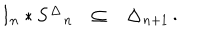
\begin{array} { l l l } { { { \bf I } _ { n } * { \bf S ^ { \Delta } } _ { n } } } & { { \subseteq } } & { { { \bf \Delta } _ { n + 1 } } } \\ \end{array} { } .